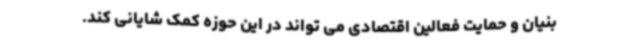
بنیان و حمایت فعالین اقتصادی می تواند در این حوزه کمک شایانی کند.